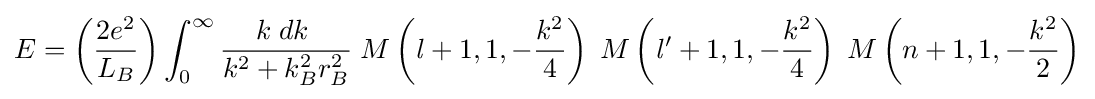
E=\left({2e^{2} \over L_{B}}\right)\int _{0}^{\infty }{{k\;dk\;} \over k^{2}+k_{B}^{2}r_{B}^{2}}\;M\left({\mathit {l}}+1,1,-{k^{2} \over 4}\right)\;M\left({\mathit {l}}^{\prime }+1,1,-{k^{2} \over 4}\right)\;M\left(n+1,1,-{k^{2} \over 2}\right)